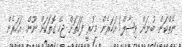
ނެތްކަން. ބުނަން ވިޝާލް! އަހަރެން މިހުރީ ފަހަތަށް ޖެހޭ ގޮތަކަށް ނޫން. އަހަރެން